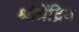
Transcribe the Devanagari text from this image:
श्रोत्रेंद्रिय